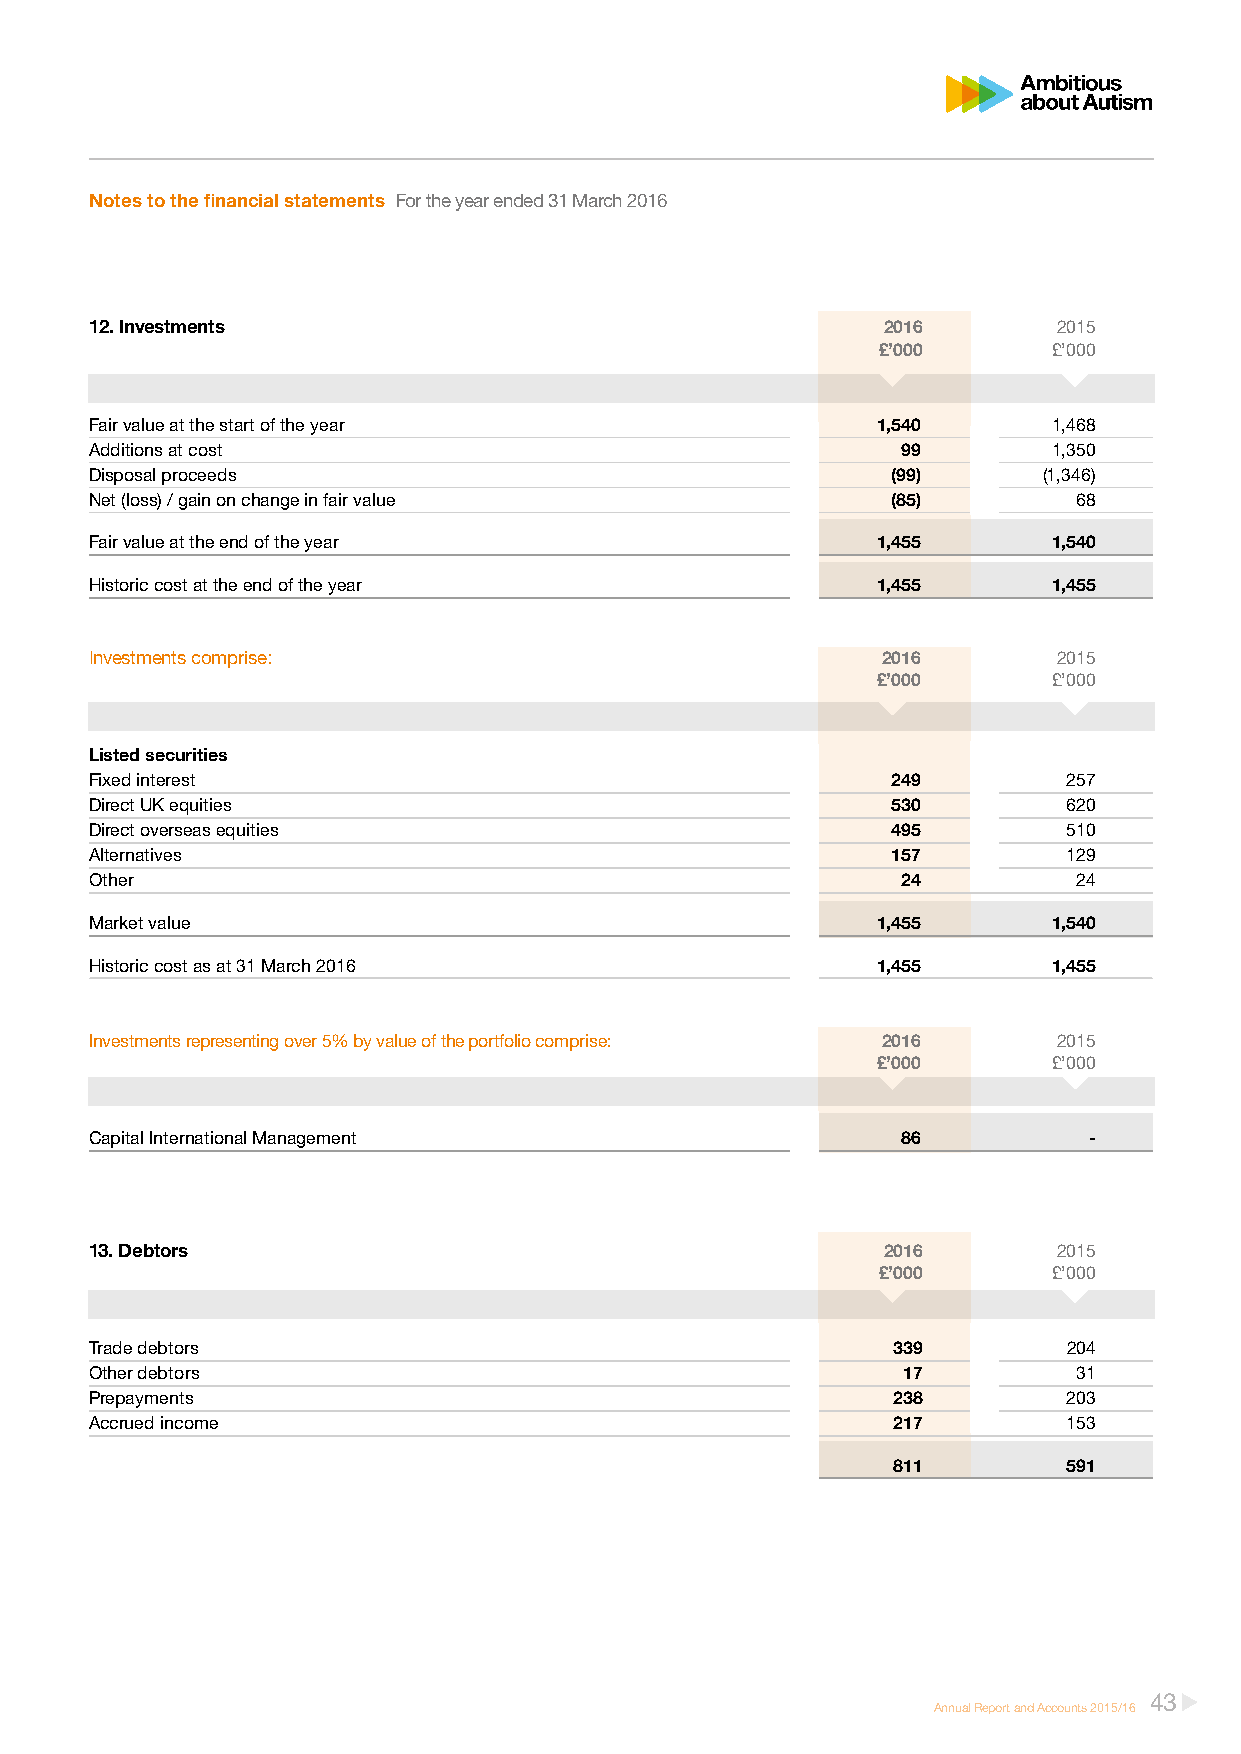
Notes to the financial statements For the year ended 31 March 2016
 12. Investments                                     2016        2015
 £’000       £’000
 Fair value at the start of the year                 1,540       1,468
 Additions at cost                                     99        1,350
 Disposal proceeds                                    (99)      (1,346)
 Net (loss) / gain on change in fair value            (85)        68
 Fair value at the end of the year                   1,455       1,540
 Historic cost at the end of the year                1,455       1,455
 Investments comprise:                               2016        2015
 £’000       £’000
 Listed securities
 Fixed interest                                       249         257
 Direct UK equities                                   530         620
 Direct overseas equities                             495         510
 Alternatives                                         157         129
 Other                                                 24         24
 Market value                                        1,455       1,540
 Historic cost as at 31 March 2016                   1,455       1,455
 Investments representing over 5% by value of the portfolio comprise: 2016 2015
 £’000       £’000
 Capital International Management                      86          -
 13. Debtors                                         2016        2015
 £’000       £’000
 Trade debtors                                        339         204
 Other debtors                                         17         31
 Prepayments                                          238         203
 Accrued income                                       217         153
 811         591
 43
 Annual Report and Accounts 2015/16